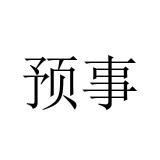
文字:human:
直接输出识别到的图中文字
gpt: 预事